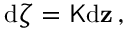
\begin{array} { r } { \mathrm { d } \boldsymbol { \zeta } = \mathsf { K } \mathrm { d } \mathbf { z } \, , } \end{array}